Scottish Certificate of Education, 1962
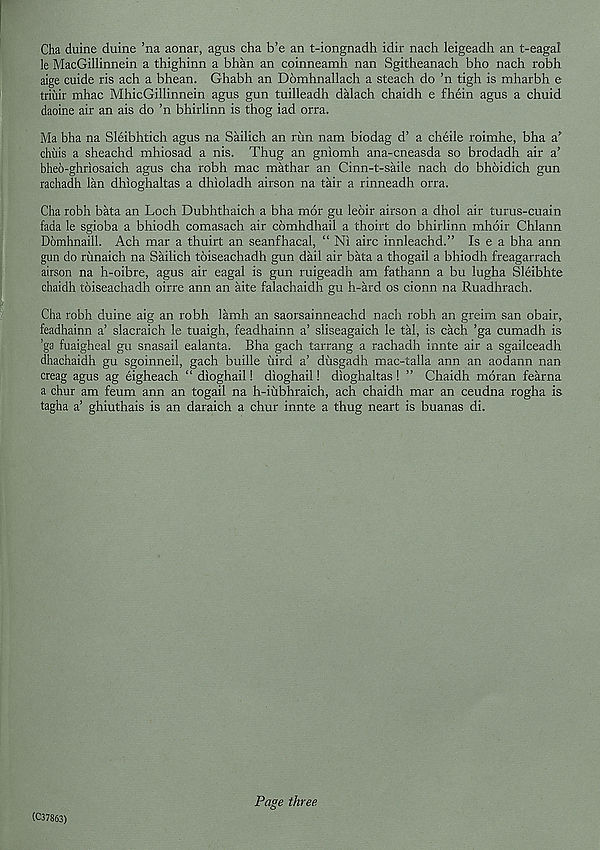
Cha duine duine ’na aonar, agus cha b’e an t-iongnadh idir nach leigeadh an t-eagal
le MacGillinnein a thighinn a bhan an coinneamh nan Sgitheanach bho nach robh
aige cuide ris ach a bhean. Ghabh an Domhnallach a steach do ’n tigh is mharbh e
triuir mhac MhicGillinnein agus gun tuilleadh dalach chaidh e fhein agus a chuid
daoine air an ais do ’n bhirlinn is thog iad orra.
Ma bha na Sleibhtich agus na Sailich an run nam biodag d’ a cheile roimhe, bha a*
chilis a sheachd mhiosad a nis. Thug an gniomh ana-cneasda so brodadh air a’
bheo-ghriosaich agus cha robh mac mathar an Cinn-t-saile nach do bhoidich gun
rachadh lan dhioghaltas a dhioladh airson na tair a rinneadh orra.
Cha robh bata an Loch Dubhthaich a bha mor gu leoir airson a dhol air turus-cuain
fada le sgioba a bhiodh comasach air cbmhdhail a thoirt do bhirlinn mhoir Chlann
Domhnaill. Ach mar a thuirt an seanfhacal, “ Ni airc innleachd.” Is e a bha ann
gun do rimaich na Sailich toiseachadh gun dail air bata a thogail a bhiodh freagarrach
airson na h-oibre, agus air eagal is gun ruigeadh am fathann a bu lugha Sleibhte
chaidh toiseachadh oirre ann an aite falachaidh gu h-ard os cionn na Ruadhrach.
Cha robh duine aig an robh lamh an saorsainneachd nach robh an greim san obair f
feadhainn a’ slacraich le tuaigh, feadhainn a’ sliseagaich le tal, is each ’ga cumadh is
’ga fuaigheal gu snasail ealanta. Bha gach tarrang a rachadh innte air a sgailceadh
dhachaidh gu sgoinneii, gach buille iiird a’ diisgadh mac-talla ann an aodann nan
creag agus ag eigheach “ dioghail! dioghail! dioghaltas ! ” Chaidh mo ran fearna
a chur am feum ann an togail na h-iiibhraich, ach chaidh mar an ceudna rogha is
tagha a’ ghiuthais is an daraich a chur innte a thug neart is buanas di.
(C37863)
Page three